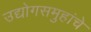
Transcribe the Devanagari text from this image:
उद्योगसमुहांचे